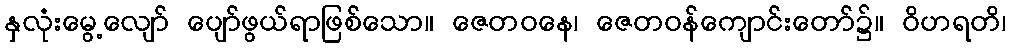
နှလုံးမွေ့လျော် ပျော်ဖွယ်ရာဖြစ်သော။ ဇေတဝနေ၊ ဇေတဝန်ကျောင်းတော်၌။ ဝိဟရတိ၊